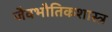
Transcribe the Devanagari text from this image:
जैवभौतिकशास्त्र